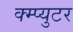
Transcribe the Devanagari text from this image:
क्म्प्युटर